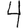
Digit: 4